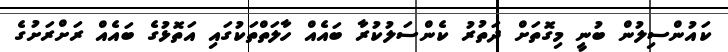
ކައުންސިލުން ބުނީ މިގޮތަށް ދަތުރު ކެންސަލުކުރާ ބައެއް ހާލަތްތަކުގައި އަތޮޅުގެ ބައެއް ރަށްރަށުގެ